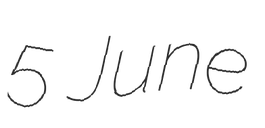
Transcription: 5 June